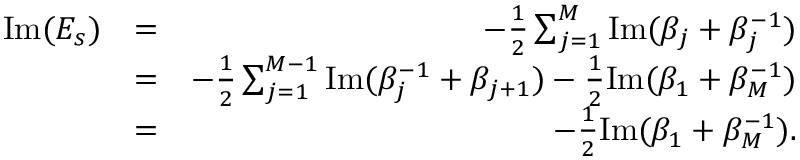
\begin{array} { r l r } { \mathrm { I m } ( E _ { s } ) } & { = } & { - \frac { 1 } { 2 } \sum _ { j = 1 } ^ { M } \mathrm { I m } ( \beta _ { j } + \beta _ { j } ^ { - 1 } ) } \\ & { = } & { - \frac { 1 } { 2 } \sum _ { j = 1 } ^ { M - 1 } \mathrm { I m } ( \beta _ { j } ^ { - 1 } + \beta _ { j + 1 } ) - \frac { 1 } { 2 } \mathrm { I m } ( \beta _ { 1 } + \beta _ { M } ^ { - 1 } ) } \\ & { = } & { - \frac { 1 } { 2 } \mathrm { I m } ( \beta _ { 1 } + \beta _ { M } ^ { - 1 } ) . } \end{array}